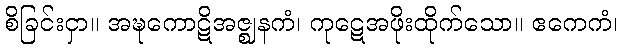
စိခြင်းငှာ။ အဍ္ဎကောဋိအဇ္ဈနကံ၊ ကုဋေအဖိုးထိုက်သော။ ဧကေကံ၊